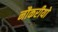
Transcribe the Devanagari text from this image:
नौकरीयो